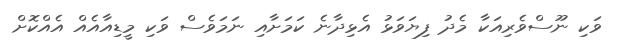
ވަކި ނޫސްވެރިއަކާ މެދު ފިޔަވަޅު އެޅިދާނެ ކަމަށާއި ނަމަވެސް ވަކި މީޑިއާއެއް އެއްކޮށް